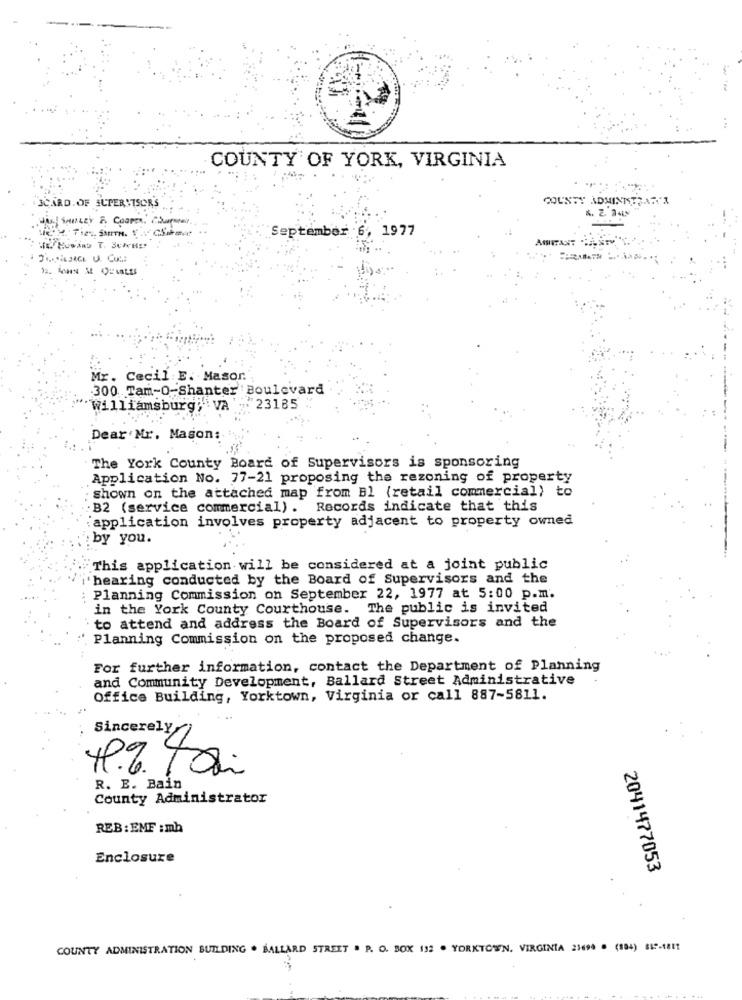
COUNTY OF YORK, VIRGINIA
3CARD. OF SUPERVISORS
COUNTY ADMINISTRAR'I
the Sunczy & COOPER, Charter ,.
September 6, 1977
Mr. Cecil: E. Masor.
300 Tam-0-Shanter Boulevard
"Williamsburg;"VA -23185
Dear Mr. Mason:
The York County Board of Supervisors is sponsoring
Application No. 77-21 proposing the rezoning of property
shown on the attached map from Bl (retail commercial) to
: B2 (service commercial) . Records indicate that this
application involves property adjacent to property owned
by you.
This application will be considered at a joint public
hearing conducted by the Board of Supervisors and the
Planning Commission on September 22, 1977 at 5:00 p.m.
in the York County Courthouse. The public is invited
to attend and address the Board of Supervisors and the
Planning Commission on the proposed change.
For further information, contact the Department of Planning
and Community Development, Ballard Street Administrative
Office Building, Yorktown, Virginia or call 887-5811.
Sincerely
R. E. Bain
County Administrator
REB: EMF :mh
Enclosure
2041477053
COUNTY ADMINISTRATION BUILDING . BALLARD STREET . P. O. BOX 132 . YORKTOWN. VIRGINIA 23694 . (194) $19-1811